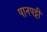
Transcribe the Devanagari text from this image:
पानपट्टी